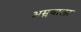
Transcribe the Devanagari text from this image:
अम्लवाला